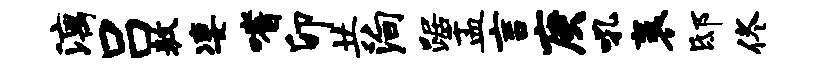
漓吕敖凄嗜卯共殉踞盂言庚吼袤邸佟